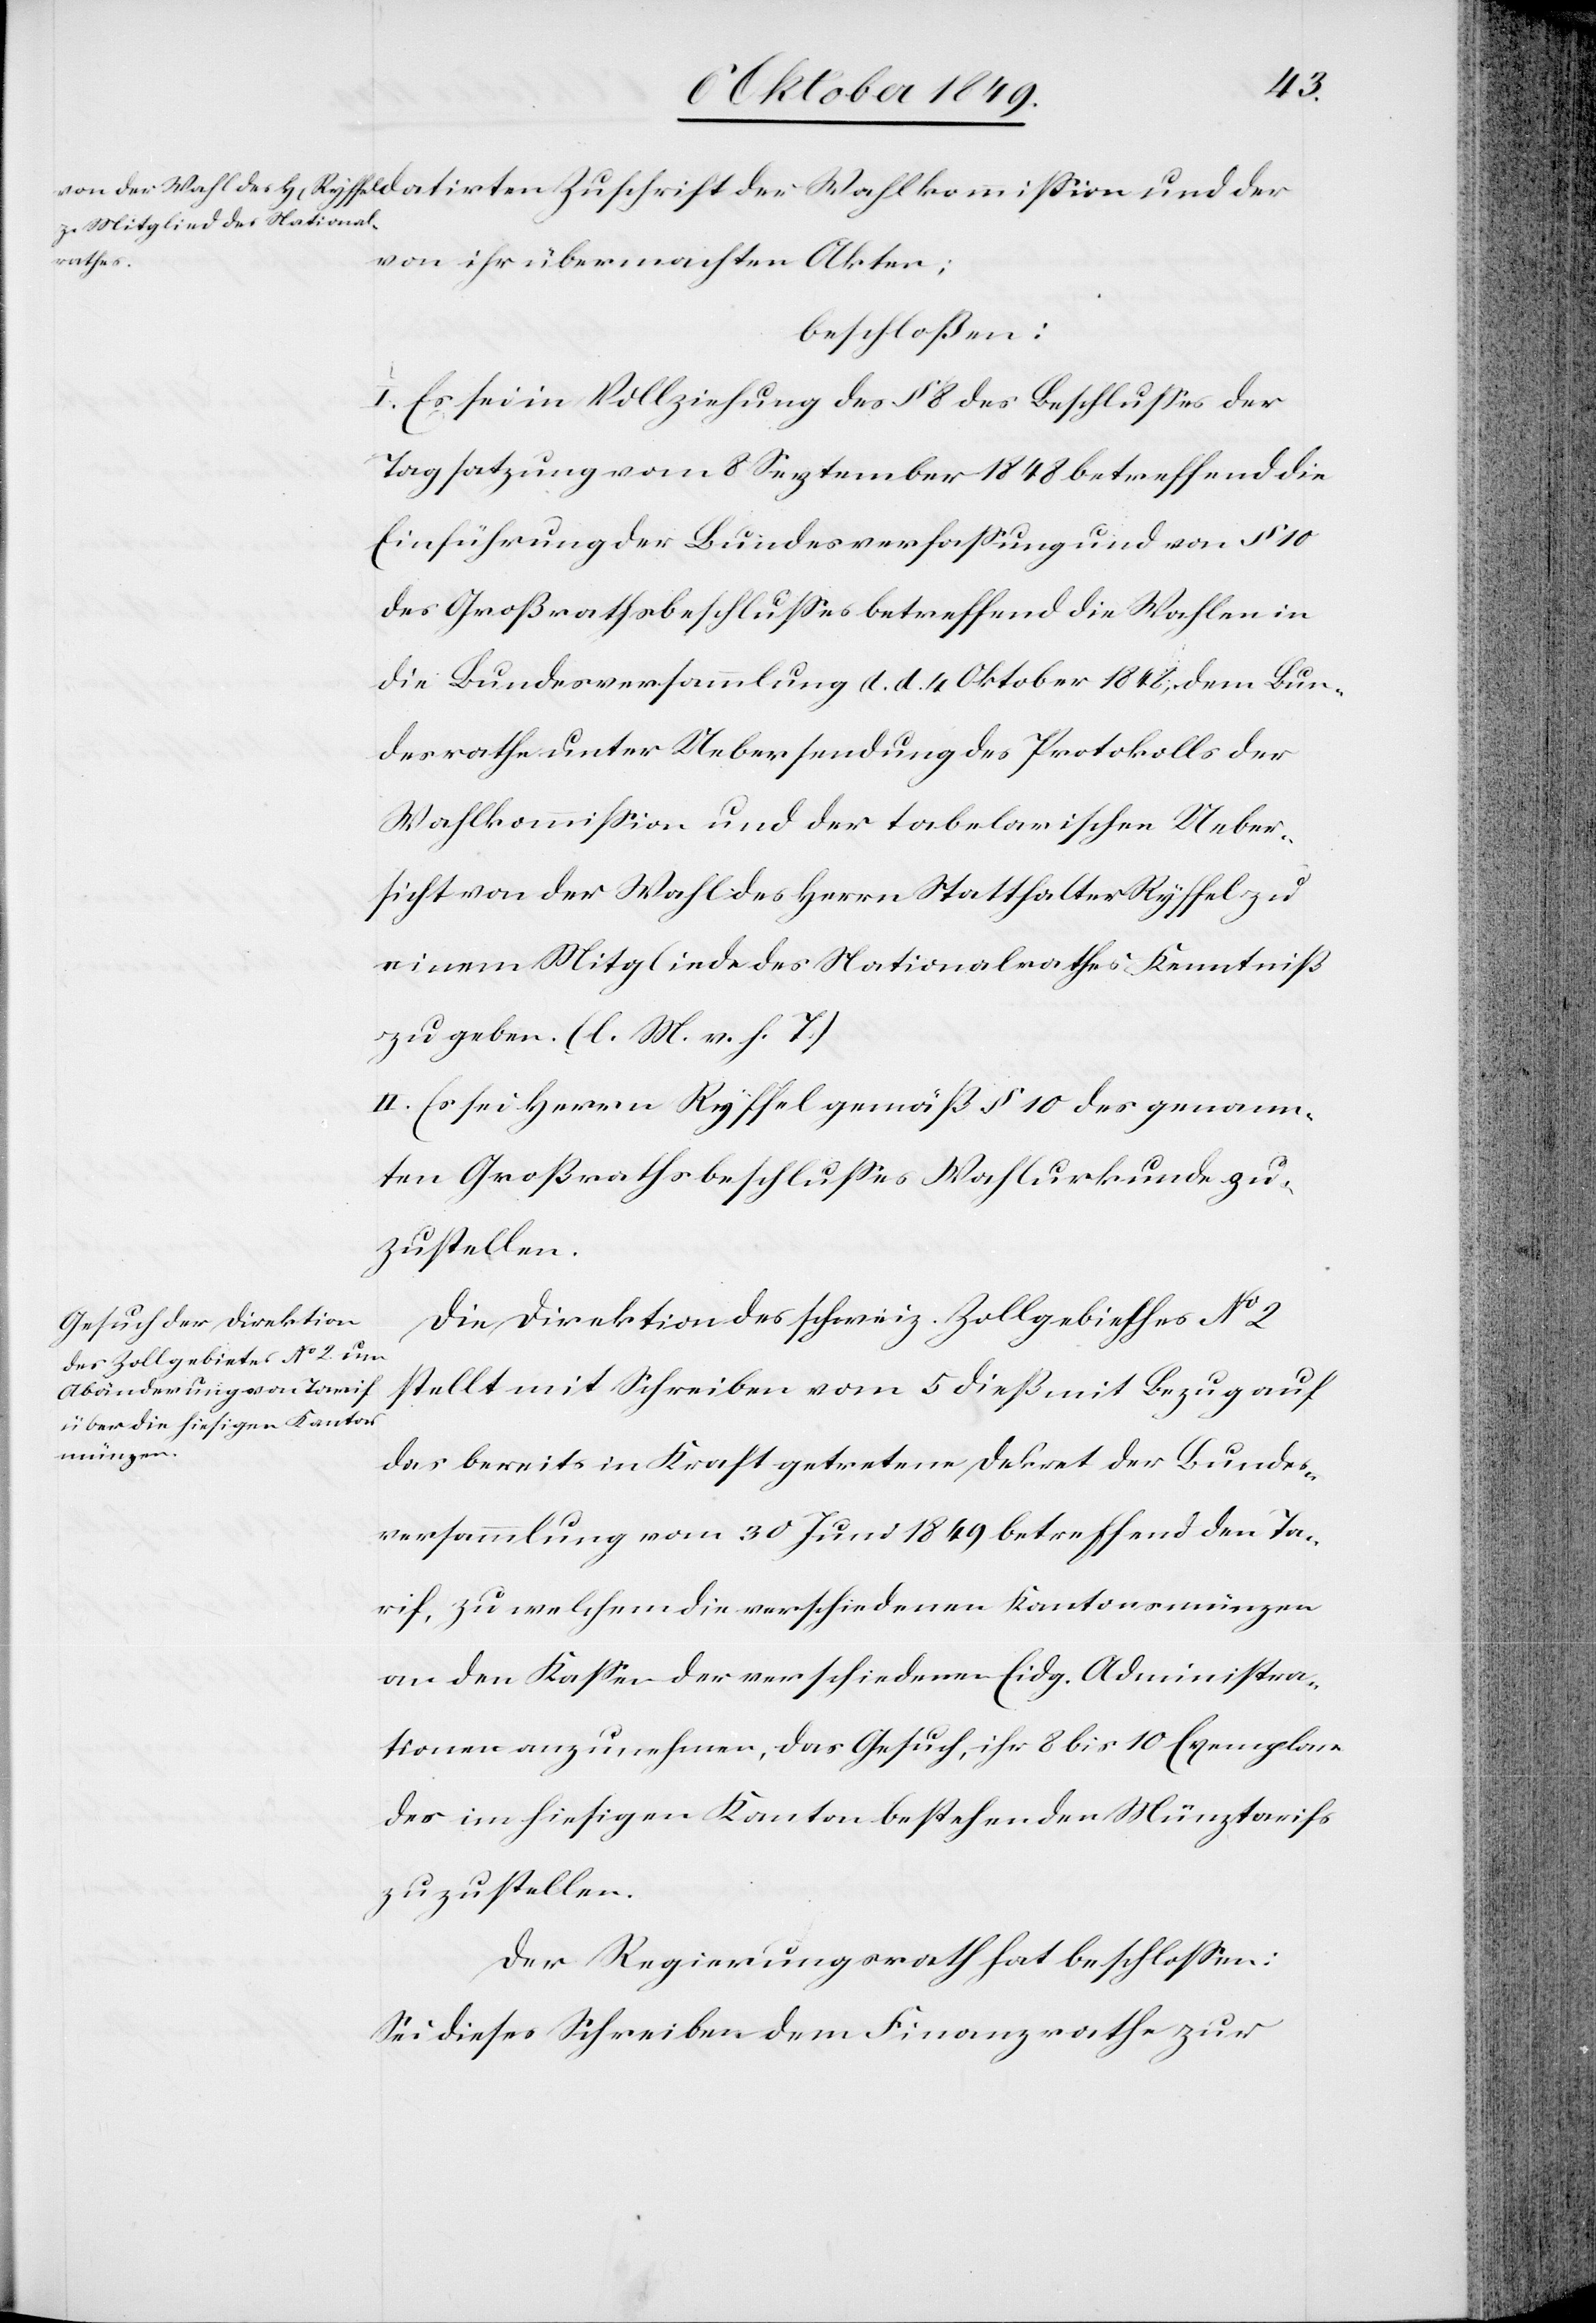
der
beschloßen:
I. Es sei in Vollziehung des § 8 des Beschlußes der
Tagsatzung vom 8 September 1848 betreffend die
Einführung der Bundesverfaßung und von § 10
des Großrathsbeschlußes betreffend die Wahlen in
die Bundesversammlung d. d. 4 Oktober 1848, dem Bun¬
desrathe unter Uebersendung des Protokolls der
Wahlkommißion und der tabelarischen Ueber¬
sicht von der Wahl des Herrn Statthalter Ryffel zu
einem Mitgliede des Nationalrathes Kenntniß
zu geben. [l. M. v. h. T]
II. Es sei Herrn Ryffel gemäß § 10 des genann¬
ten Großrathsbeschlußes Wahlurkunde zu¬
zustellen.
Die Direktion der schweiz. Zollgebiethe N° 2
stellt mit Schreiben vom 5 dieß mit Bezug auf
das bereits in Kraft getretene Dekret der Bundes¬
versammlung vom 30 Juni 1849 betreffend den Ta¬
rif, zu welchem die verschiedenen Kantonsmünzen
an den Kaßier der verschiedenen Eidg. Administra¬
tionen anzunehmen, das Gesuch, ihr 8 bis 10 Exemplare
des im hiesigen Kanton bestehenden Münztarifs
zuzustellen.
Der Regierungsrath hat beschloßen:
Sei dieses Schreiben dem Finanzrathe zur